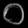
Digit: ၀